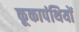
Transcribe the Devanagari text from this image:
कूकापंथियों